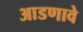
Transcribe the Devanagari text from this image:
आडणावे